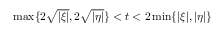
\operatorname* { m a x } \{ 2 \sqrt { | \xi | } , 2 \sqrt { | \eta | } \} < t < 2 \operatorname* { m i n } \{ | \xi | , | \eta | \}